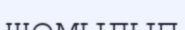
шомылып